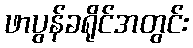
ဖာပွန်ခရိုင်အတွင်း